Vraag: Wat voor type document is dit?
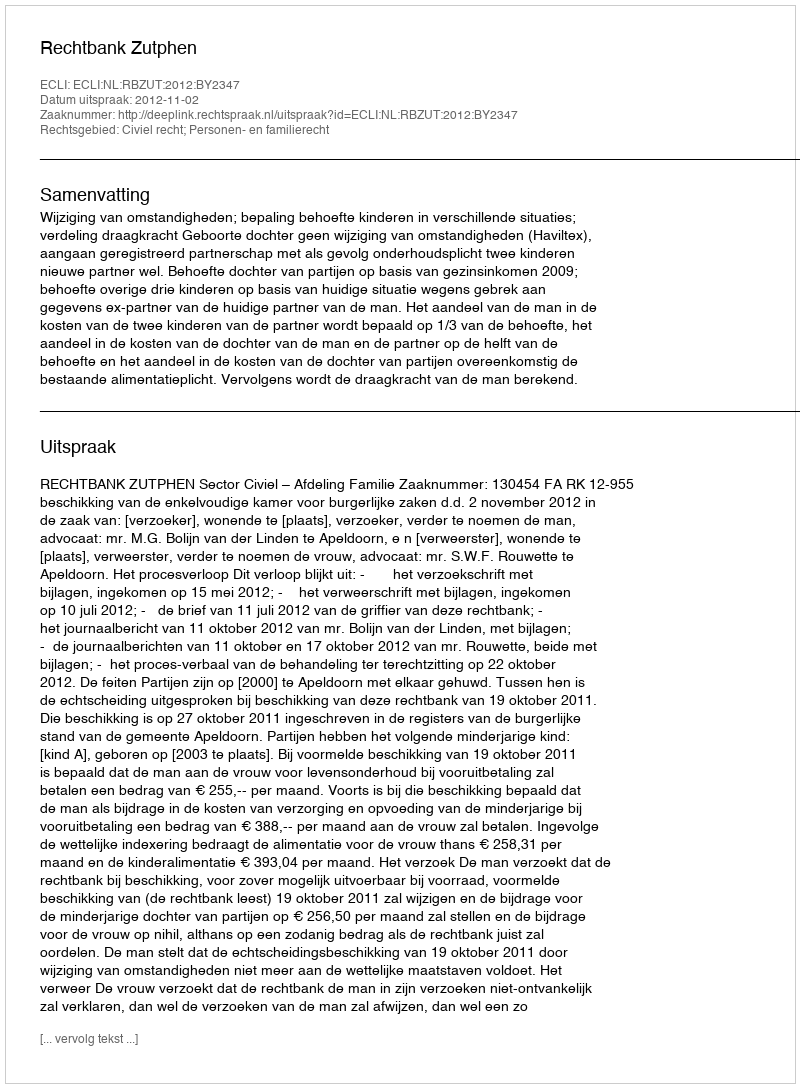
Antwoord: Uitspraak